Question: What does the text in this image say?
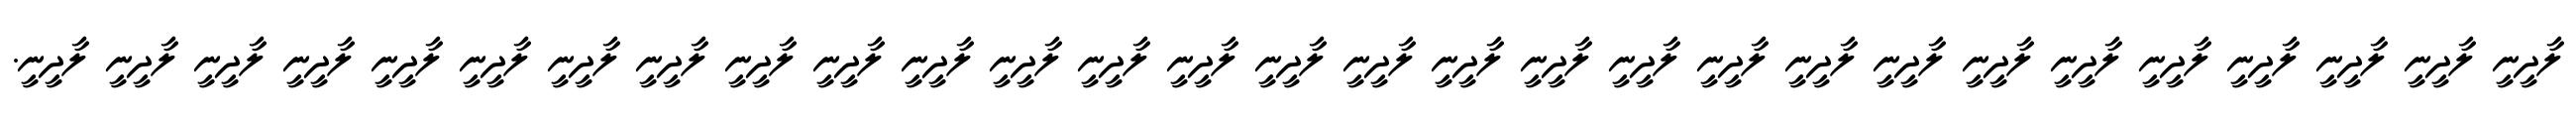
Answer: ލާދީނީ ލާދީނީ ލާދީނީ ލާދީނީ ލާދީނީ ލާދީނީ ލާދީނީ ލާދީނީ ލާދީނީ ލާދީނީ ލާދީނީ ލާދީނީ ލާދީނީ ލާދީނީ ލާދީނީ ލާދީނީ ލާދީނީ ލާދީނީ ލާދީނީ ލާދީނީ ލާދީނީ ލާދީނީ ލާދީނީ ލާދީނީ ލާދީނީ ލާދީނީ ލާދީނީ ލާދީނީ ލާދީނީ.